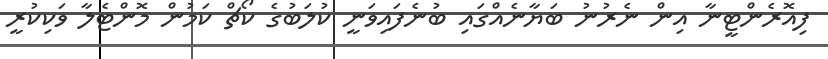
ފިއޮރެންޓީނާ އިން ނެރުނު ބަޔާނެއްގައި ބުނެފައިވަނީ ކުލަބުގެ ކޯޗް ކަމުން މޮންޓެލާ ވަކިކުރީ